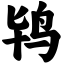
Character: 鸨